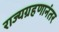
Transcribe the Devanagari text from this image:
राज्यग्रहणानंतर